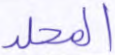
المجلد